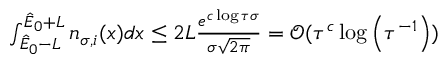
\begin{array} { r } { \int _ { \hat { E } _ { 0 } - L } ^ { \hat { E } _ { 0 } + L } n _ { \sigma , i } ( x ) d x \leq 2 L \frac { e ^ { c \log { \tau \sigma } } } { \sigma \sqrt { 2 \pi } } = \mathcal { O } ( \tau ^ { c } \log \left( \tau ^ { - 1 } \right) ) } \end{array}